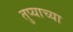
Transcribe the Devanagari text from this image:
तुप्याच्या